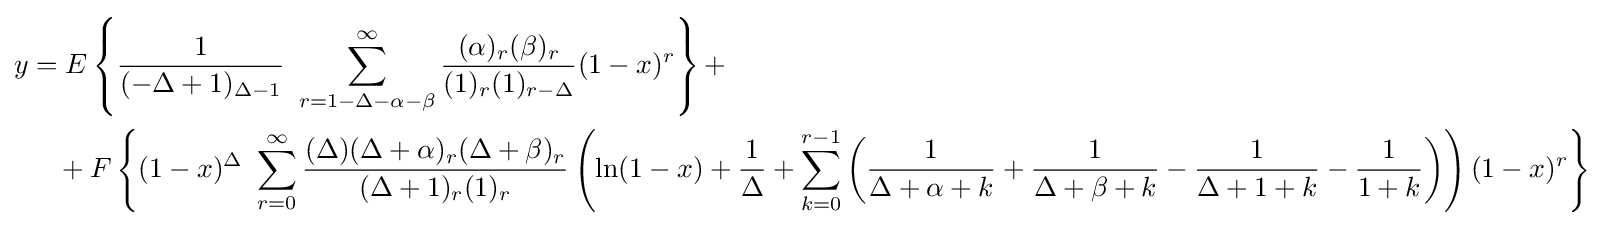
{\begin{aligned}y&=E\left\{{\frac {1}{(-\Delta +1)_{\Delta -1}}}\ \sum _{r=1-\Delta -\alpha -\beta }^{\infty }{\frac {(\alpha )_{r}(\beta )_{r}}{(1)_{r}(1)_{r-\Delta }}}(1-x)^{r}\right\}+\\&\quad +F\left\{(1-x)^{\Delta }\ \sum _{r=0}^{\infty }{\frac {(\Delta )(\Delta +\alpha )_{r}(\Delta +\beta )_{r}}{(\Delta +1)_{r}(1)_{r}}}\left(\ln(1-x)+{\frac {1}{\Delta }}+\sum _{k=0}^{r-1}\left({\frac {1}{\Delta +\alpha +k}}+{\frac {1}{\Delta +\beta +k}}-{\frac {1}{\Delta +1+k}}-{\frac {1}{1+k}}\right)\right)(1-x)^{r}\right\}\end{aligned}}